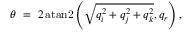
\theta \ = \ 2 \operatorname { a t a n 2 } \left( { \sqrt { q _ { i } ^ { 2 } + q _ { j } ^ { 2 } + q _ { k } ^ { 2 } } } , q _ { r } \right) ,